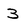
Character: 3